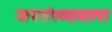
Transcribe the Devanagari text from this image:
जनसंख्यावाला